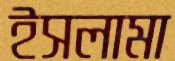
ইসলামা